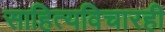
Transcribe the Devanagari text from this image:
साहित्यविचारही